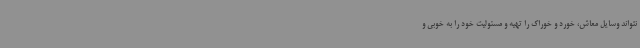
نتواند وسایل معاش، خورد و خوراک را تهیه و مسئولیت خود را به خوبی و